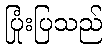
ပြုံးပြသည်